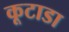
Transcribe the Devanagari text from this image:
कूटाडा